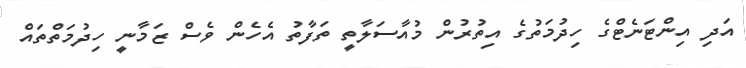
އަދި އިންޓަނެޓްގެ ހިދުމަތުގެ އިތުރުން މުއާސަލާތީ ތަފާތު އެހެން ވެސް ޒަމާނީ ހިދުމަތްތައް